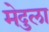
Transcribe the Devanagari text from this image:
मेदुला